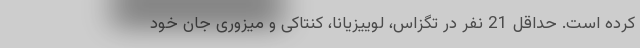
کرده است. حداقل 21 نفر در تگزاس، لوییزیانا، کنتاکی و میزوری جان خود